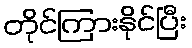
တိုင်ကြားနိုင်ပြီး